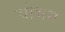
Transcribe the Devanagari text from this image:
चोभम